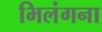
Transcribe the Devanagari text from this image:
भिलंगना